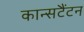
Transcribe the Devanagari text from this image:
कान्सटैंटन